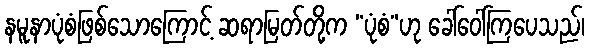
နမူနာပုံစံဖြစ်သောကြောင့် ဆရာမြတ်တို့က “ပုံစံ”ဟု ခေါ်ဝေါ်ကြပေသည်၊